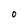
Character: 0